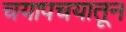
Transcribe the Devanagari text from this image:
चयापचयातून